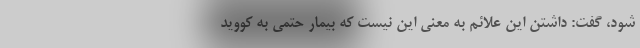
شود، گفت: داشتن این علائم به معنی این نیست که بیمار حتمی به کووید